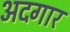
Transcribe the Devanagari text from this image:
अदगार